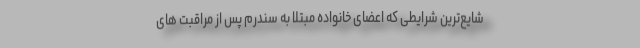
شایع‌ترین شرایطی که اعضای خانواده مبتلا به سندرم پس از مراقبت های